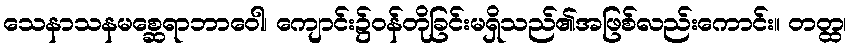
သေနာသနမစ္ဆေရာဘာဝေါ၊ ကျောင်း၌ဝန်တိုခြင်းမရှိသည်၏အဖြစ်လည်းကောင်း။ တတ္ထ၊